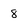
Character: 8